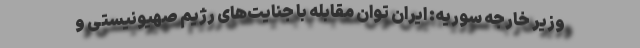
وزیر خارجه سوریه: ایران توان مقابله با جنایت‌های رژیم صهیونیستی و